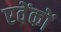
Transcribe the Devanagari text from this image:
एवेंकों